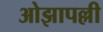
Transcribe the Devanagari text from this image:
ओझापल्ली